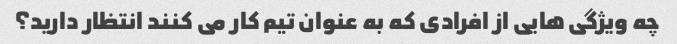
چه ویژگی هایی از افرادی که به عنوان تیم کار می کنند انتظار دارید؟